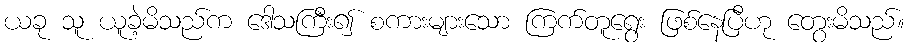
ယခု သူ ယူခဲ့မိသည်က ဒေါသကြီး၍ စကားများသော ကြက်တူရွေး ဖြစ်နေပြီဟု တွေးမိသည်။